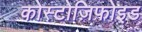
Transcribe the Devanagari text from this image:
कोस्टोज़िफोइड